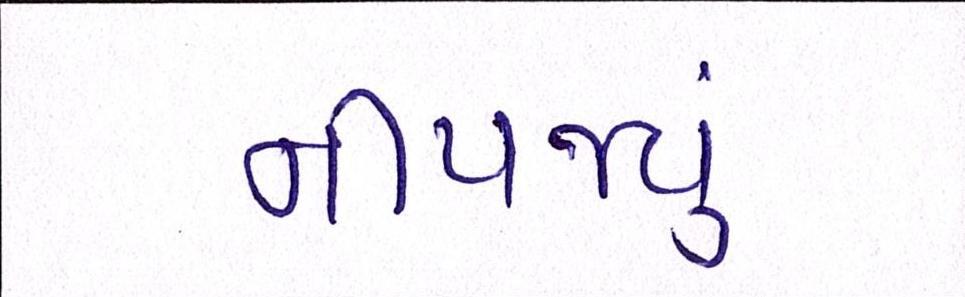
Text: નીપજ્યું